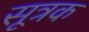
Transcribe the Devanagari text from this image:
सूत्रक